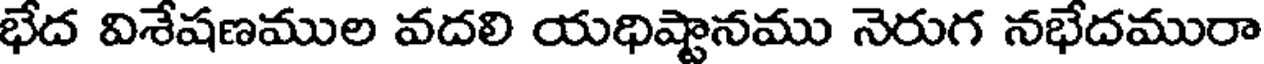
భేద విశేషణముల వదలి యధిష్టానము నెరుగ నభేదమురా